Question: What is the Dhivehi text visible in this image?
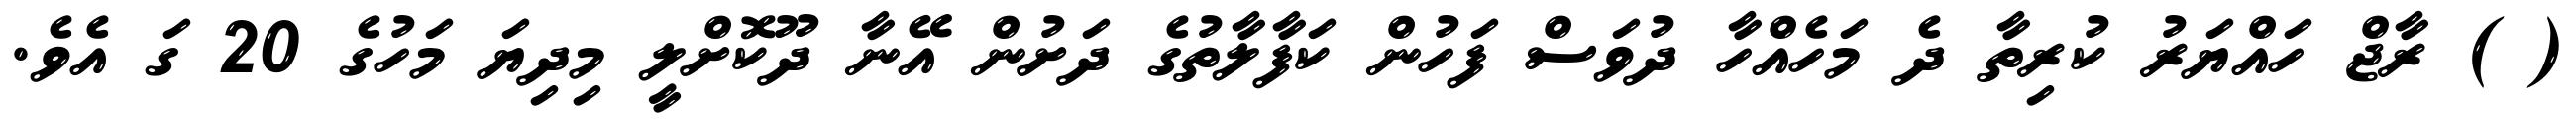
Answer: ( ) ރާޖް ހައްޔަރު ކުރިތާ ދެ މަހެއްހާ ދުވަސް ފަހުން ކަފާލާތުގެ ދަށުން އޭނާ ދޫކޮށްލީ މިދިޔަ މަހުގެ 20 ގަ އެވެ.